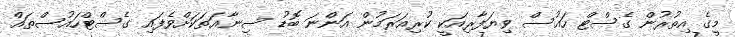
މީގެ އިތުރުން ގެސްޓް ހައުސް ވިޔަފާރިއަކީ ކުރިއަރަމުން އަންނަ ބޮޑު ސިނާޢަތަކަށްވެފައި ގެސްޓްހައުސްތައް